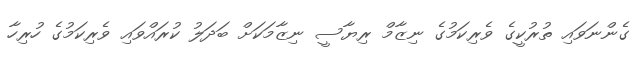
ގެންނަވައި ތުރުކީގެ ވެރިކަމުގެ ނިޒާމް ރިޔާސީ ނިޒާމަކަށް ބަދަލު ކުރައްވައި ވެރިކަމުގެ ހުރިހާ